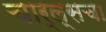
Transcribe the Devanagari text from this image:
चार्ल्सचा